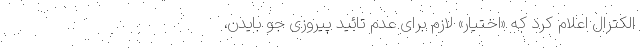
الکترال اعلام کرد که «اختیار» لازم برای عدم تائید پیروزی جو بایدن،